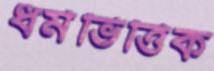
ধর্মভিত্তিক